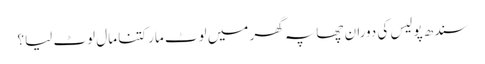
سندھ پولیس کی دوران چھاپہ گھر میں لوٹ مار کتنا مال لوٹ لیا؟